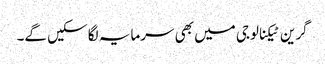
گرین ٹیکنالوجی میں بھی سرمایہ لگا سکیں گے۔